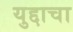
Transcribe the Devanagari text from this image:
युद्दाचा